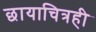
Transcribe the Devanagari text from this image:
छायाचित्रही